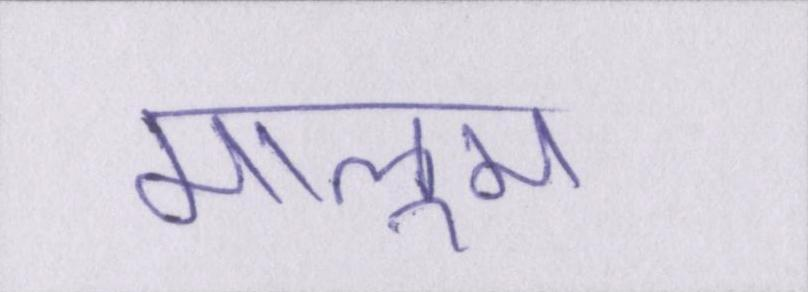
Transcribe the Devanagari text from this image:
मालूम।